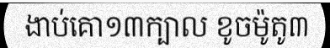
ងាប់គោ១៣ក្បាល ខូចម៉ូតូ៣